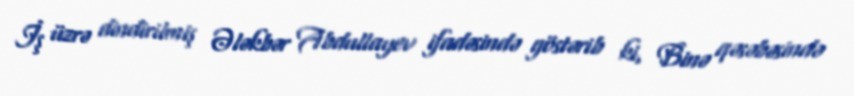
İş üzrə dindirilmiş Ələkbər Abdullayev ifadəsində göstərib ki, Binə qəsəbəsində